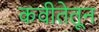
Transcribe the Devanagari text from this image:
कवीतेतून